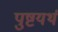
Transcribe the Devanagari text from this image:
पुष्टयर्थं